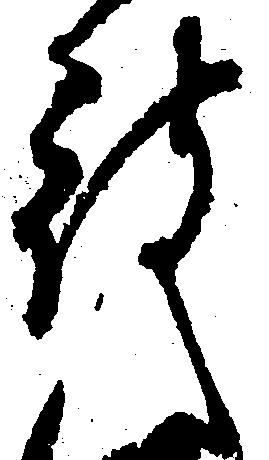
被